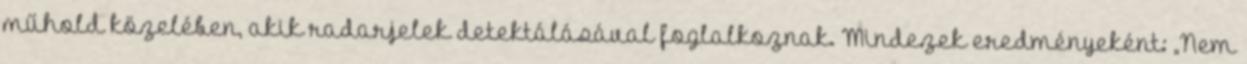
műhold közelében, akik radarjelek detektálásával foglalkoznak. Mindezek eredményeként: „Nem